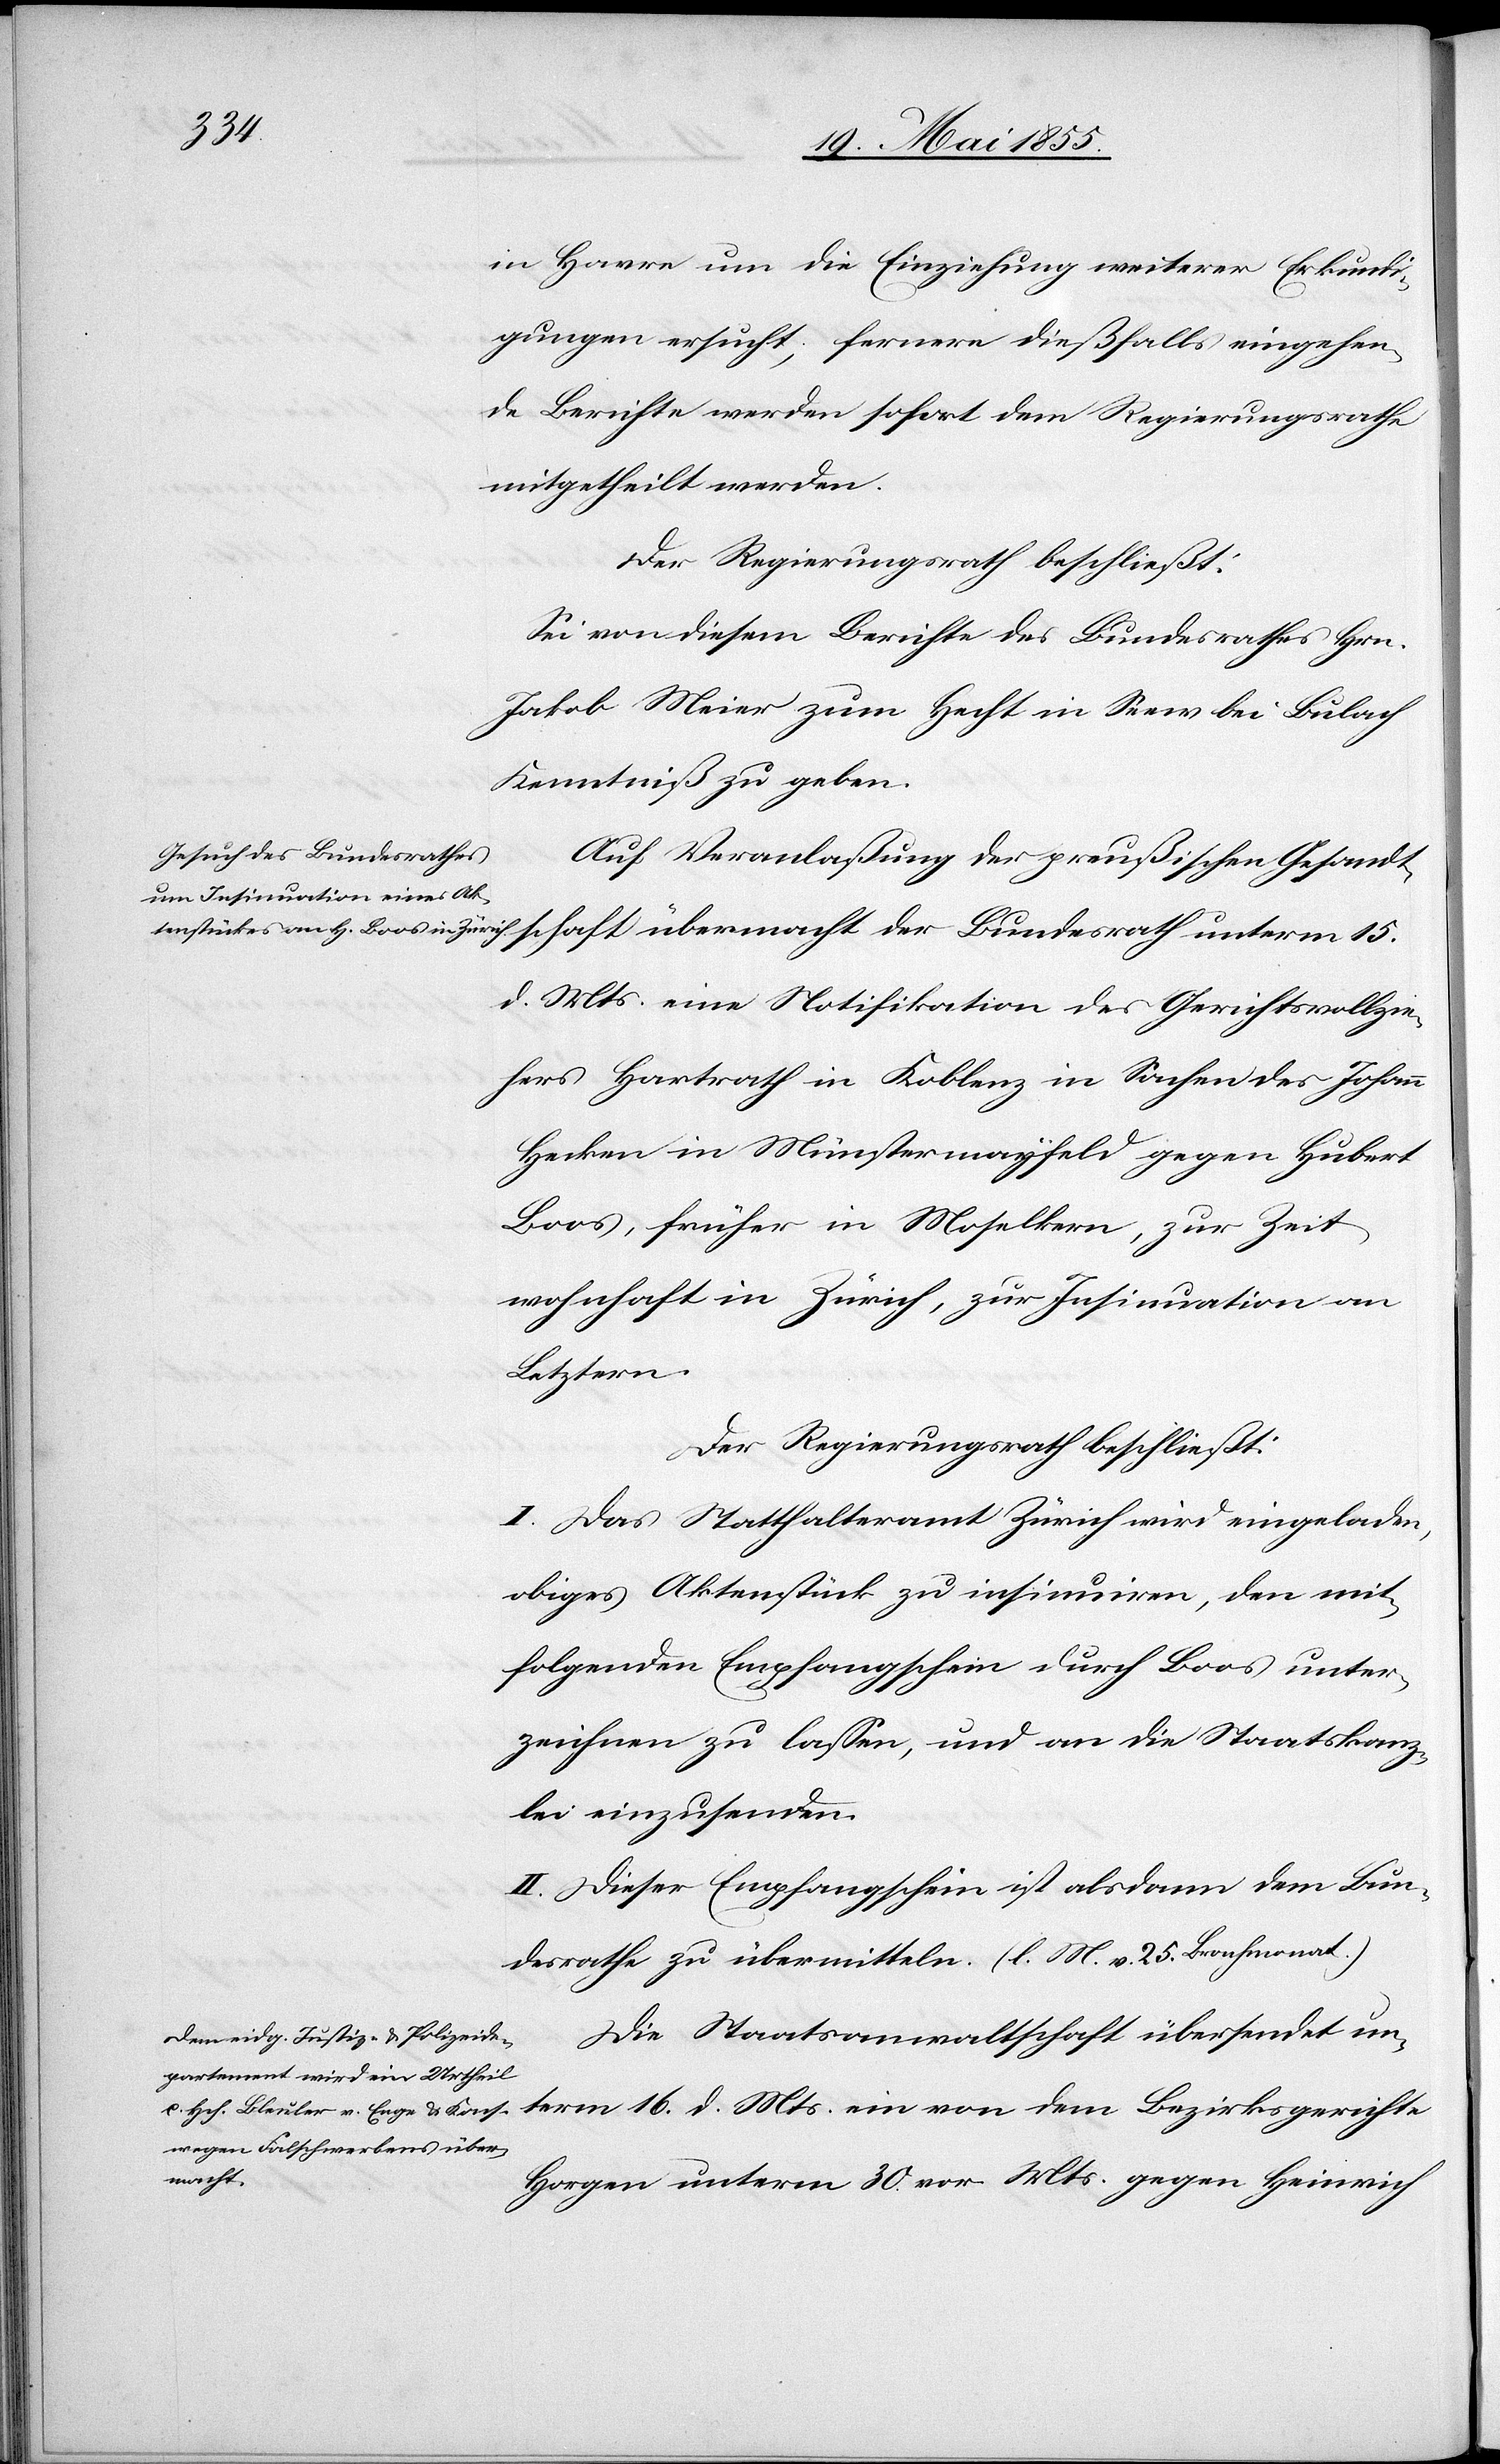
in Havre um die Einziehung weiterer Erkundi¬
gungen ersucht; fernere dießfalls eingehen¬
de Berichte werden sofort dem Regierungsrathe
mitgetheilt werden.
Der Regierungsrath beschließt:
Sei von diesem Berichte des Bundesrathes Hrn.
Jakob Meier zum Hecht in Seew bei Bulach
Kenntniß zu geben.
Auf Veranlaßung der preußischen Gesandt¬
d. Mts. eine Notifikation des Gerichtsvollzie¬
hers Hartrath in Koblenz in Sachen des Johann
Hecken in Münstermayfeld gegen Hubert
Boos, früher in Moselkern, zur Zeit
wohnhaft in Zürich, zur Insinuation an
Letztern.
Der Regierungsrath beschließt:
I. Das Statthalteramt Zürich wird eingeladen,
obiges Aktenstück zu insinuiren, den mit¬
folgenden Empfangschein durch Boos unter¬
zeichnen zu lassen, und an die Staatskanz¬
lei einzusenden.
II. Dieser Empfangschein ist alsdann dem Bun¬
desrathe zu übermitteln. (l. M. v. 25. Brachmonat.)
Die Staatsanwaltschaft übersendet un¬
term 16. d. Mts. ein von dem Bezirksgerichte
schaft
Horgen unterm 30. vor. Mts. gegen Heinrich